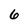
Character: 6